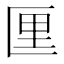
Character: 𪟯